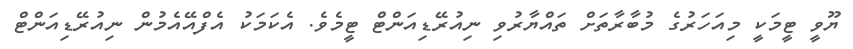
ޔޫވީ ޓީމަކީ މިއަހަރުގެ މުބާރާތަށް ތައްޔާރުވި ނިއުރޭޑިއަންޓް ޓީމެވެ. އެކަމަކު އެފްއޭއެމުން ނިއުރޭޑިއަންޓް